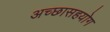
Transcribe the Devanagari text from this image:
अच्छासहयोग